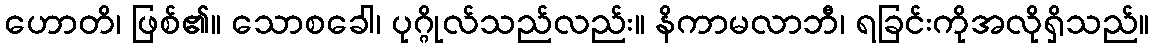
ဟောတိ၊ ဖြစ်၏။ သောစခေါ၊ ပုဂ္ဂိုလ်သည်လည်း။ နိကာမလာဘီ၊ ရခြင်းကိုအလိုရှိသည်။